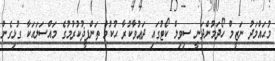
މުޙައްމަދު ނަޒީމް ހޯދަމުންދަނީ ސިވިލް ކޯޓުގައި ދަޢުވާކުރާ ޙުކުމް ތަންފީޛުކުރުމުގެ މައްސަލައަކާ ގުޅިގެން